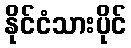
နိုင်ငံသားပိုင်